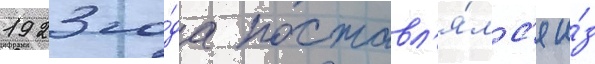
1923 го́да поставл'я́лс'я и́з